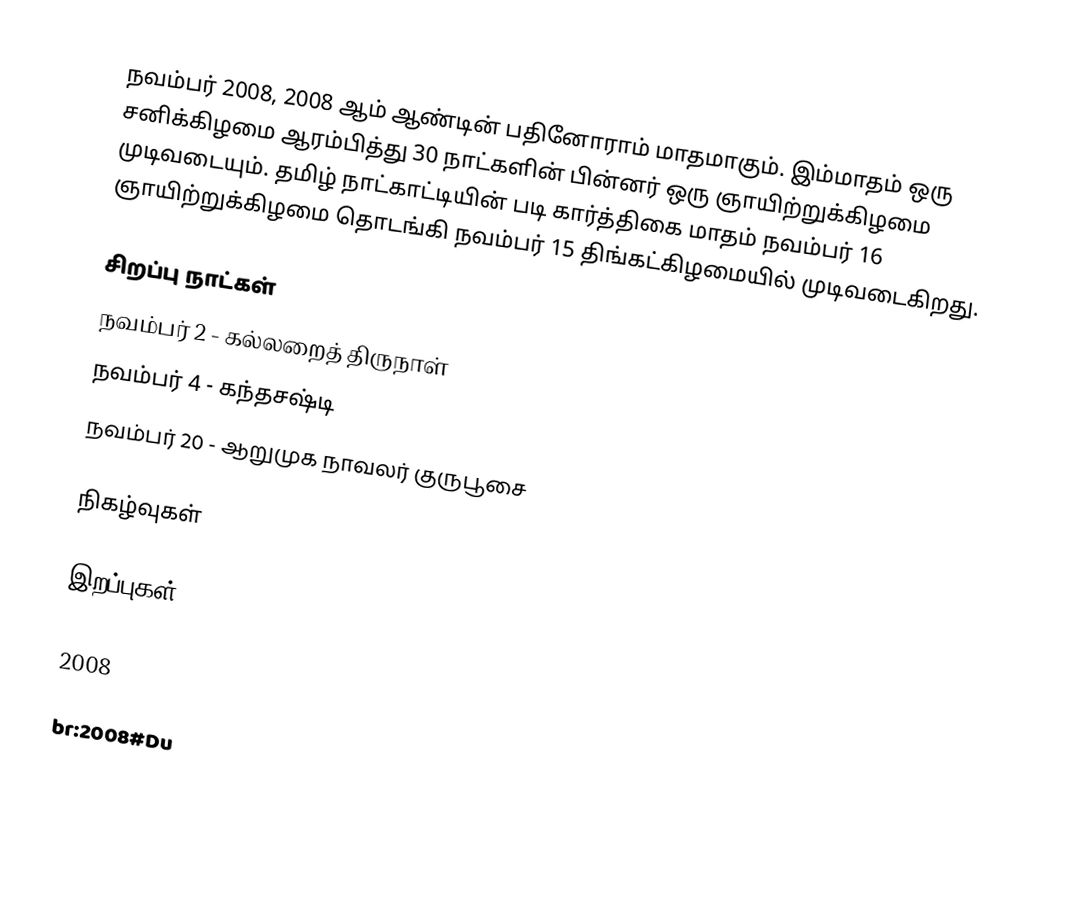
நவம்பர் 2008, 2008 ஆம் ஆண்டின் பதினோராம் மாதமாகும். இம்மாதம் ஒரு சனிக்கிழமை ஆரம்பித்து 30 நாட்களின் பின்னர் ஒரு ஞாயிற்றுக்கிழமை முடிவடையும். தமிழ் நாட்காட்டியின் படி கார்த்திகை மாதம் நவம்பர் 16 ஞாயிற்றுக்கிழமை தொடங்கி நவம்பர் 15 திங்கட்கிழமையில் முடிவடைகிறது.

சிறப்பு நாட்கள்
 நவம்பர் 2 - கல்லறைத் திருநாள்
 நவம்பர் 4 - கந்தசஷ்டி
 நவம்பர் 20 - ஆறுமுக நாவலர் குருபூசை

நிகழ்வுகள்

இறப்புகள்

2008

br:2008#Du